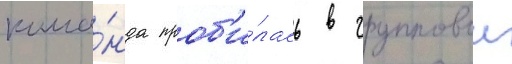
кома́нда проб'и́лась в групповои